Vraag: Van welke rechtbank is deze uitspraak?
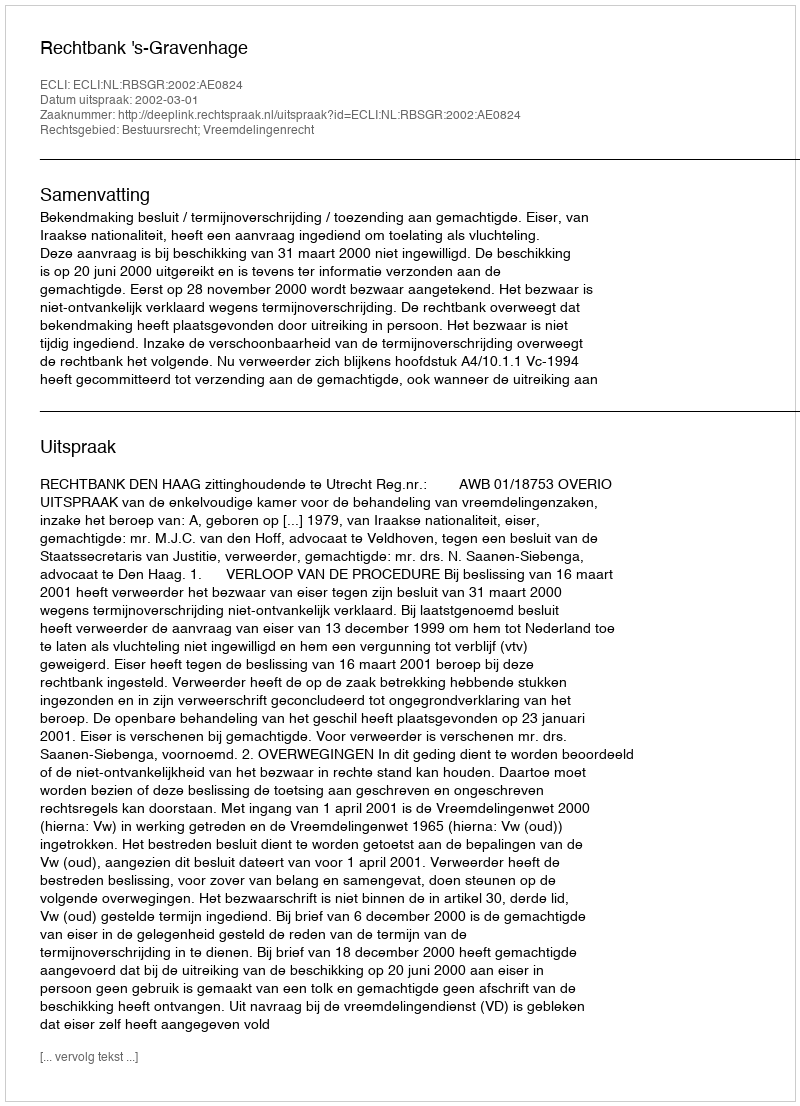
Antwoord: Rechtbank 's-Gravenhage